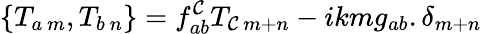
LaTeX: \left\{ T_{a\ m},T_{b\ n}\right\} =f_{ab}^{\mathcal{C}}T_{\mathcal{C}\ m+n}-ikmg_{ab}.\delta_{m+n}